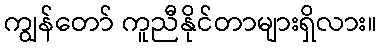
ကျွန်တော် ကူညီနိုင်တာများရှိလား။